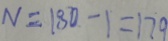
N = 1 8 0 - 1 = 1 7 9